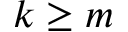
k \ge m